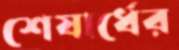
শেষার্ধের